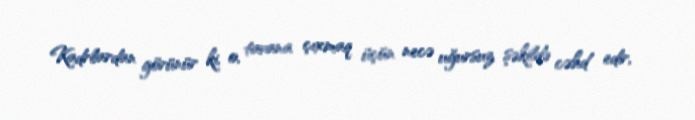
Kadrlardan görünür ki, o, tavana çıxmaq üçün necə uğursuz şəkildə cəhd edir,